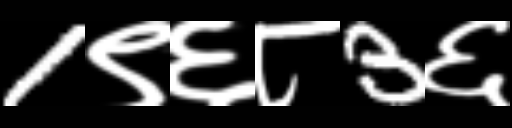
Text: 1९६८3६